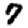
Digit: 7